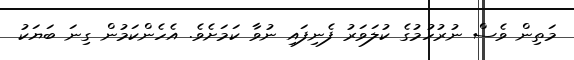
މަތިން ވެސް ނުރުހުމުގެ ކުލަވަރު ފެނިފައި ނުވާ ކަމަށެވެ. އެހެންކަމުން ގިނަ ބަޔަކު